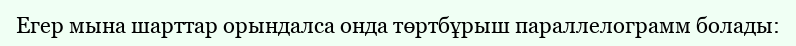
Егер мына шарттар орындалса онда төртбұрыш параллелограмм болады: